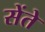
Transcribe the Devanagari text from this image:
सेंते